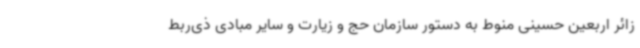
زائر اربعین حسینی منوط به دستور سازمان حج و زیارت و سایر مبادی ذی‌ربط